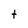
Character: t